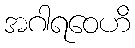
အဂါရဝေဟိ